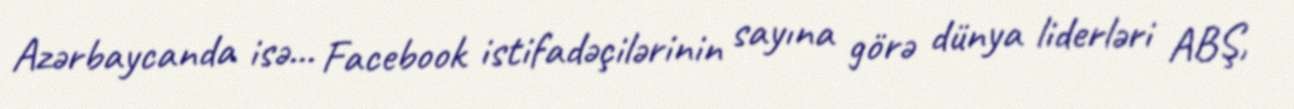
Azərbaycanda isə... Facebook istifadəçilərinin sayına görə dünya liderləri ABŞ,